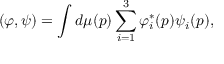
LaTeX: ( \varphi , \psi ) = \int d \mu ( p ) \sum _ { i = 1 } ^ { 3 } \varphi _ { i } ^ { \ast } ( p ) \psi _ { i } ( p ) ,